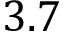
3 . 7